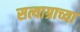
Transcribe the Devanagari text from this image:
सत्याग्राच्या